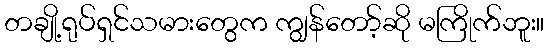
တချို့ရုပ်ရှင်သမားတွေက ကျွန်တော့်ဆို မကြိုက်ဘူး။